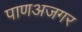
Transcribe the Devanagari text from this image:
पाणअजगर